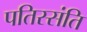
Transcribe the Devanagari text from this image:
पतिस्संति